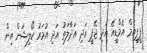
ޕީޕީއެމް އެމްޑީއޭ އަދި ޖޭޕީ އަދި އަދާލަތު އަދި އުމަރު ކޯލިޝަން އިން